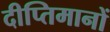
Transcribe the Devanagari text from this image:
दीप्तिमानों